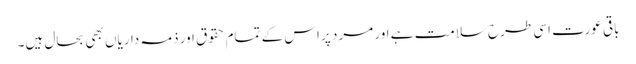
باقی عورت اسی طرح سلامت ہے اور مرد پر اس کے تمام حقوق اور ذمہ داریاں بھی بحال ہیں۔